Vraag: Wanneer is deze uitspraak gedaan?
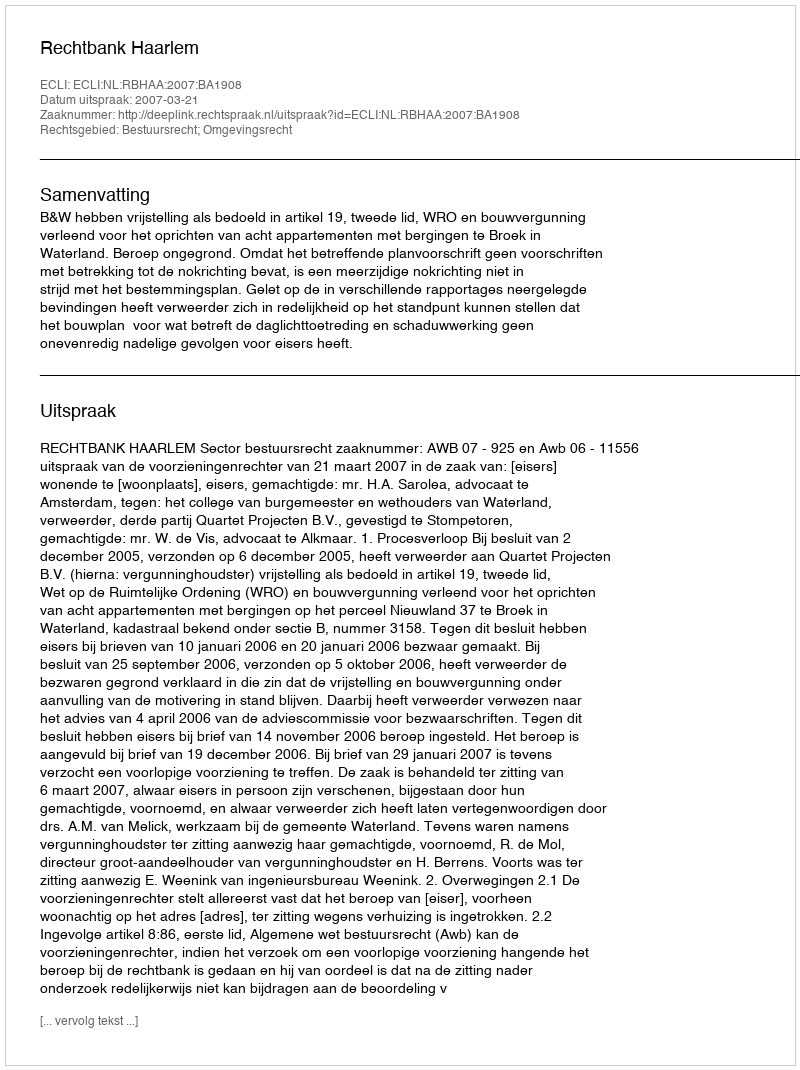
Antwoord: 2007-03-21